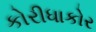
કોરીધાકોર